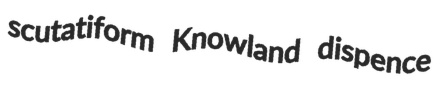
scutatiform Knowland dispence